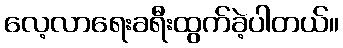
လေ့လာရေးခရီးထွက်ခဲ့ပါတယ်။